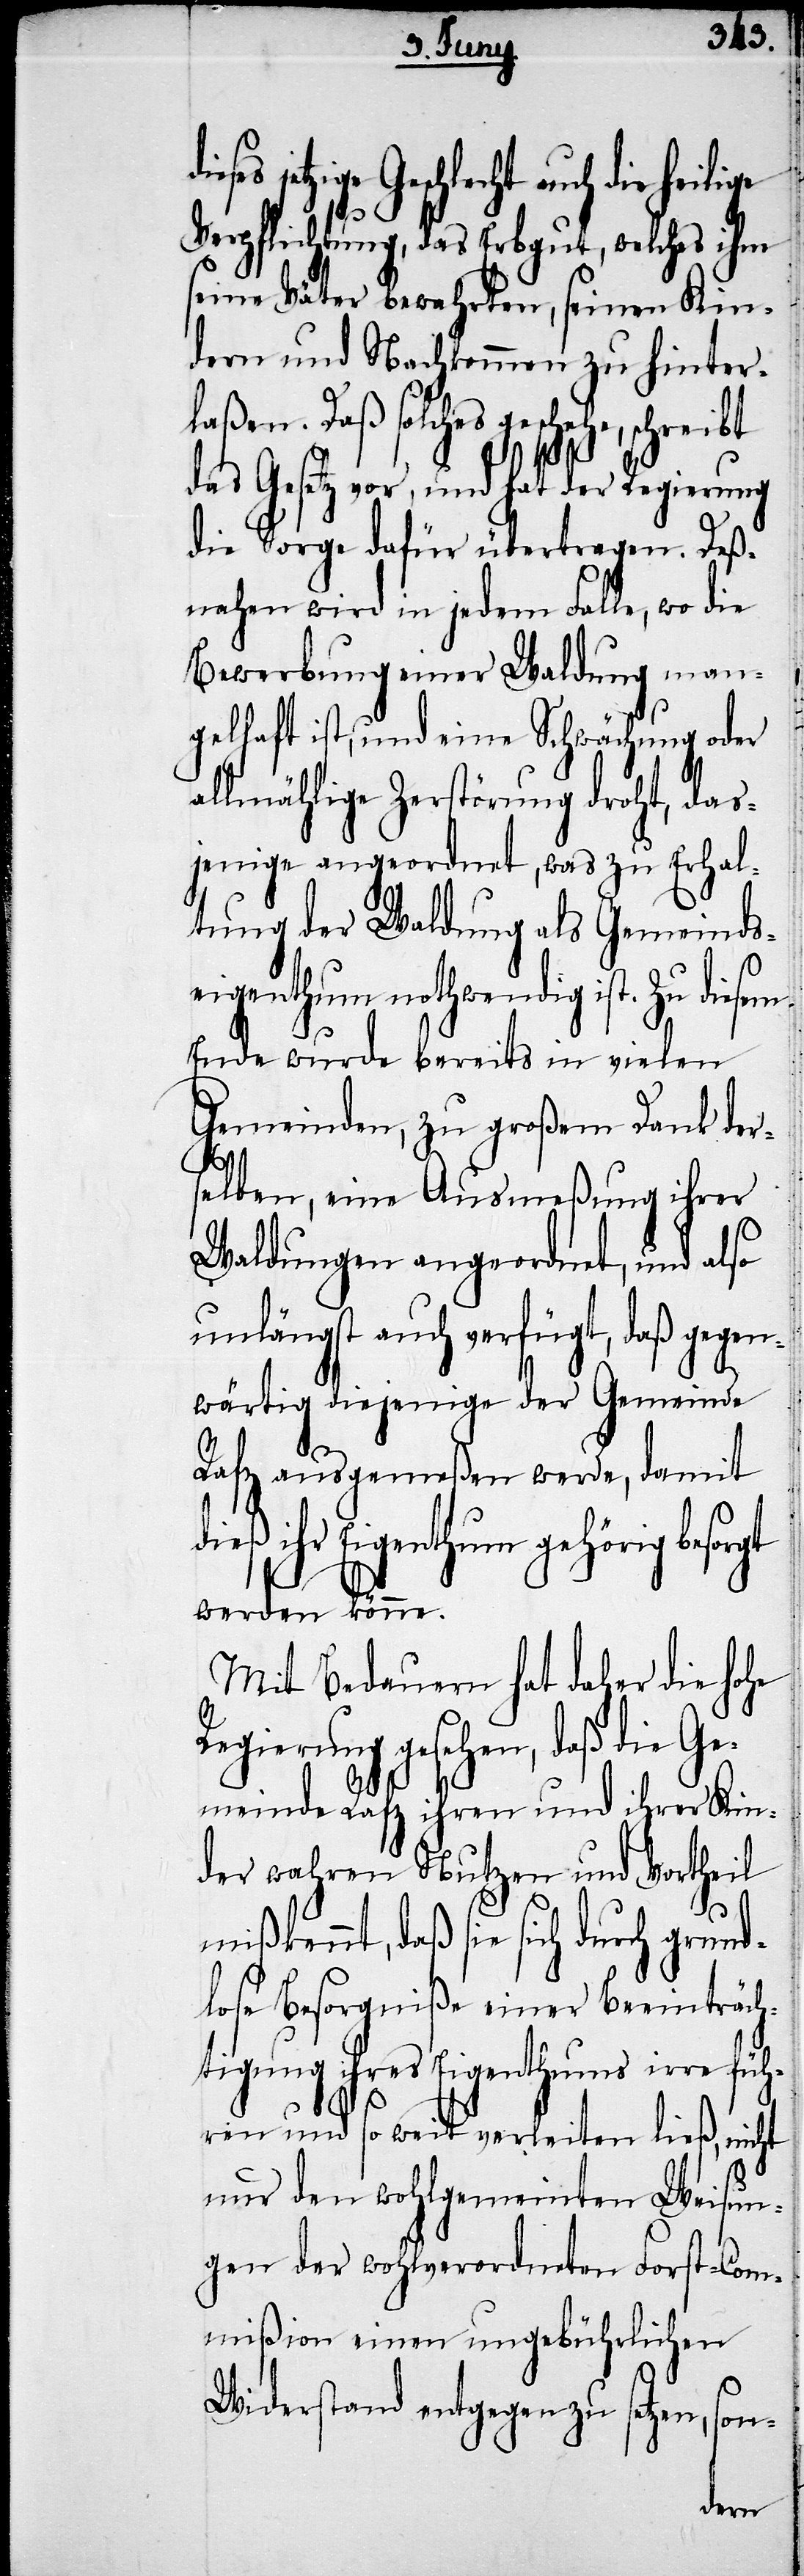
Ge¬
Verpflichtung, das Erbgut, welches ihm
seine Väter bewahrten, seinen Kin¬
dern und Nachkommen zu hinter¬
laßen. Daß solches geschehe,
das Gesetz vor, und hat der Regierung
die Sorge dafür übertragen. Deß¬
nahen wird in jedem Falle, wo die
Bewerbung einer Waldung man¬
gelhaft ist, und eine Schwächung oder
allmählige Zerstörung droht, das¬
jenige angeordnet, was zu Erhal¬
tung der Waldung als Gemeinds¬
eigenthum nothwendig ist.
Ende wurde bereits in vielen
Gemeinden, zu großem Dank ders¬
elben, eine Ausmeßung ihrer
Waldungen angeordnet, und also
unlängst auch verfügt, daß gegen¬
wärtig diejenigen der Gemeinde
Rafz ausgemeßen werde, damit
ihr Eigenthum gehörig
werden könne.
Mit Bedauern hat daher die hohe
Regierung gesehen, daß die
meinde Rafz ihren und ihrer Kin¬
der wahren Nutzen und Vortheil
mißkennt, daß sie sich durch grund¬
lose Besorgniße einer Beeinträch¬
tigung ihres Eigenthums irre füh¬
ren und so weit verleiten ließ, nicht
nur den wohlgemeinten Weisun¬
gen der wohlverordneten Forst-Com¬
mißion einen ungebührlichen
Widerstand entgegen zu setzen, son-